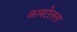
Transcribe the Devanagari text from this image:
कायटेलला